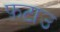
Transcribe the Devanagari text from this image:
फ़टाउ